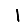
Digit: 1